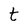
Character: t